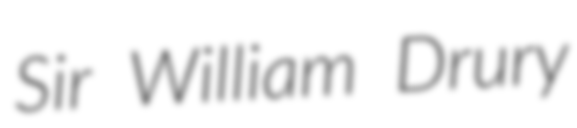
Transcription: Sir William Drury